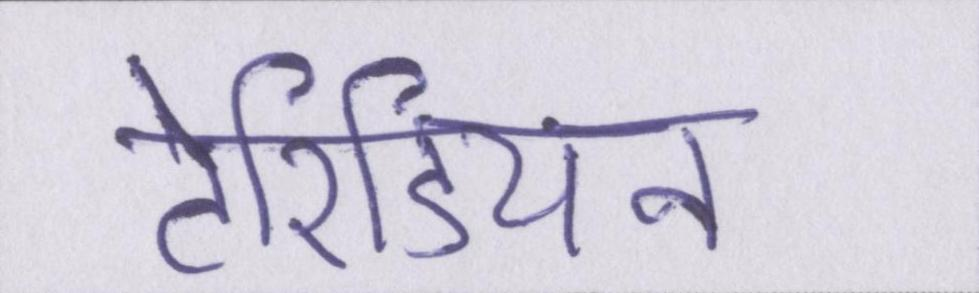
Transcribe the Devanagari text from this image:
टेरिडियन